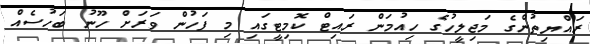
ރައްޔިތުންގެ މަޖިލީހުގެ ހިއުމަން ރައިޓް ކޮމިޓީގައި މި ފަހުން ވަރަށް ހޫނު ބަހުސެއް